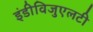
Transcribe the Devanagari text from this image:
इंडीविजुएलटी